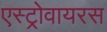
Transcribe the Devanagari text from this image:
एस्ट्रोवायरस